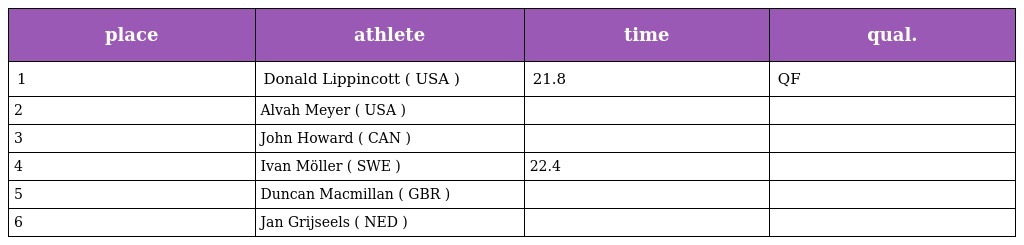
| place | athlete | time | qual. |
 | --- | --- | --- | --- |
 | 1 | Donald Lippincott ( USA ) | 21.8 | QF |
 | 2 | Alvah Meyer ( USA ) |  |  |
 | 3 | John Howard ( CAN ) |  |  |
 | 4 | Ivan Möller ( SWE ) | 22.4 |  |
 | 5 | Duncan Macmillan ( GBR ) |  |  |
 | 6 | Jan Grijseels ( NED ) |  |  |